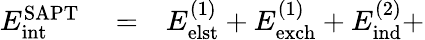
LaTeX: \begin{array}{rlr}{E_{\mathrm{int}}^{\mathrm{SAPT}}}&{{}=}&{E_{\mathrm{elst}}^{(1)}+E_{\mathrm{exch}}^{(1)}+E_{\mathrm{ind}}^{(2)}+}\end{array}